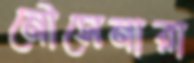
নৌসেনারা